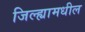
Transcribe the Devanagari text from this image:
जिल्‍ह्यामधील